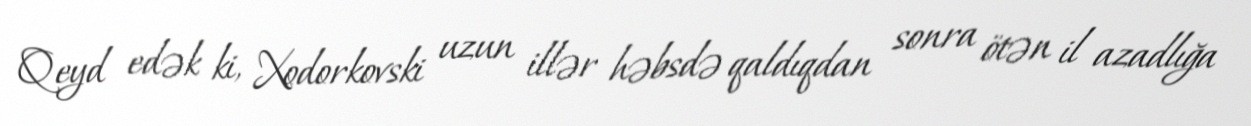
Qeyd edək ki, Xodorkovski uzun illər həbsdə qaldıqdan sonra ötən il azadlığa